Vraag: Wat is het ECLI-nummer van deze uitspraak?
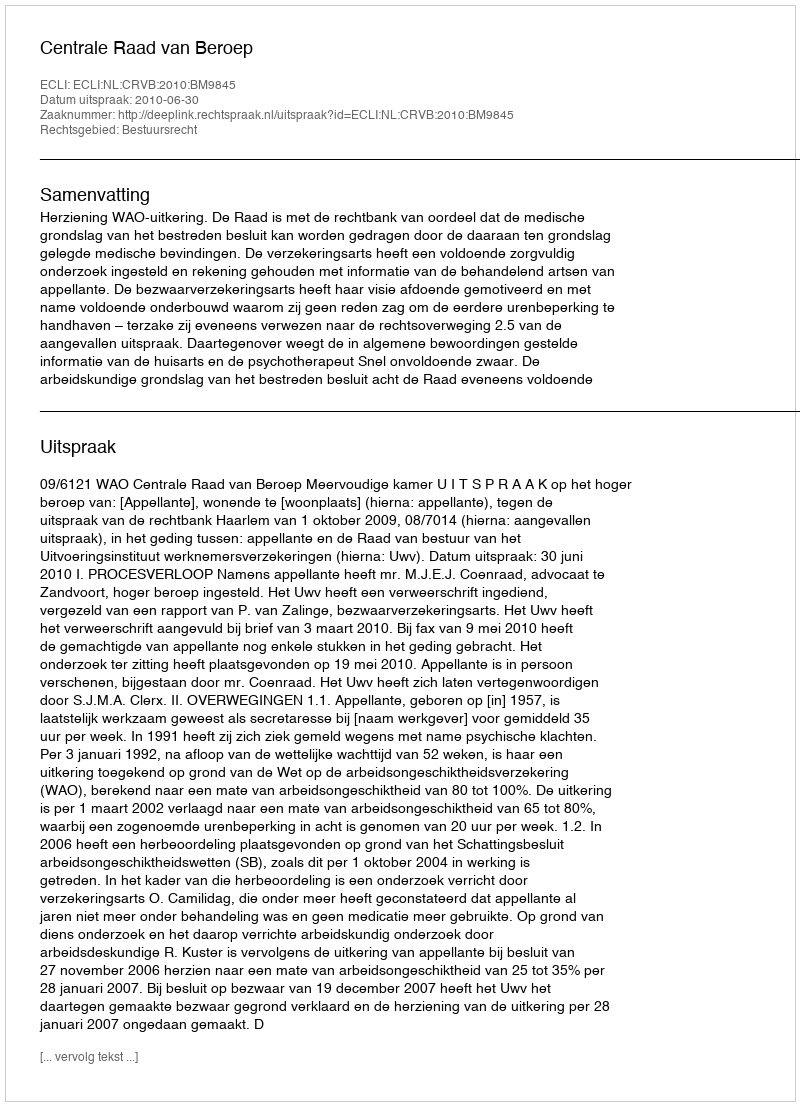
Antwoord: ECLI:NL:CRVB:2010:BM9845